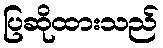
ပြဆိုထားသည်